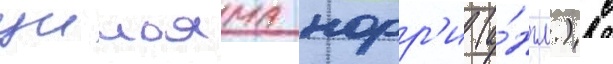
уильяма норр'и (а́нгл.) с